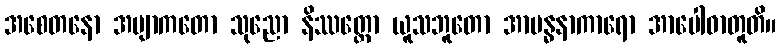
အစေတနော အဗျာကတော သုညော နိဿတ္တော ယူသဘူတော အာဗန္ဓနာကာရော အာပေါဓာတူတိ။